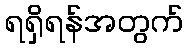
ရရှိရန်အတွက်